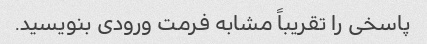
پاسخی را تقریباً مشابه فرمت ورودی بنویسید.